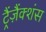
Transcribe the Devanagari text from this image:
ट्रैंज़ैंक्शंस